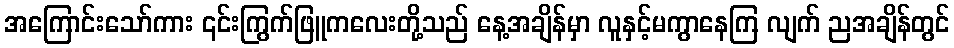
အကြောင်းသော်ကား ၎င်းကြွက်ဖြူကလေးတို့သည် နေ့အချိန်မှာ လူနှင့်မကွာနေကြ လျက် ညအချိန်တွင်